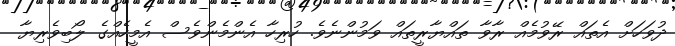
ދުވަހަށް އެތައް ރޭވުމެއް ރާވާ ތައްޔާރީތައް ވަމުންނެވެ. ހުރިހާ އެންމެންވެސް އެމީހެއްގެ ލޯބިވެރިޔާ